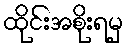
ထိုင်းအစိုးရမှ